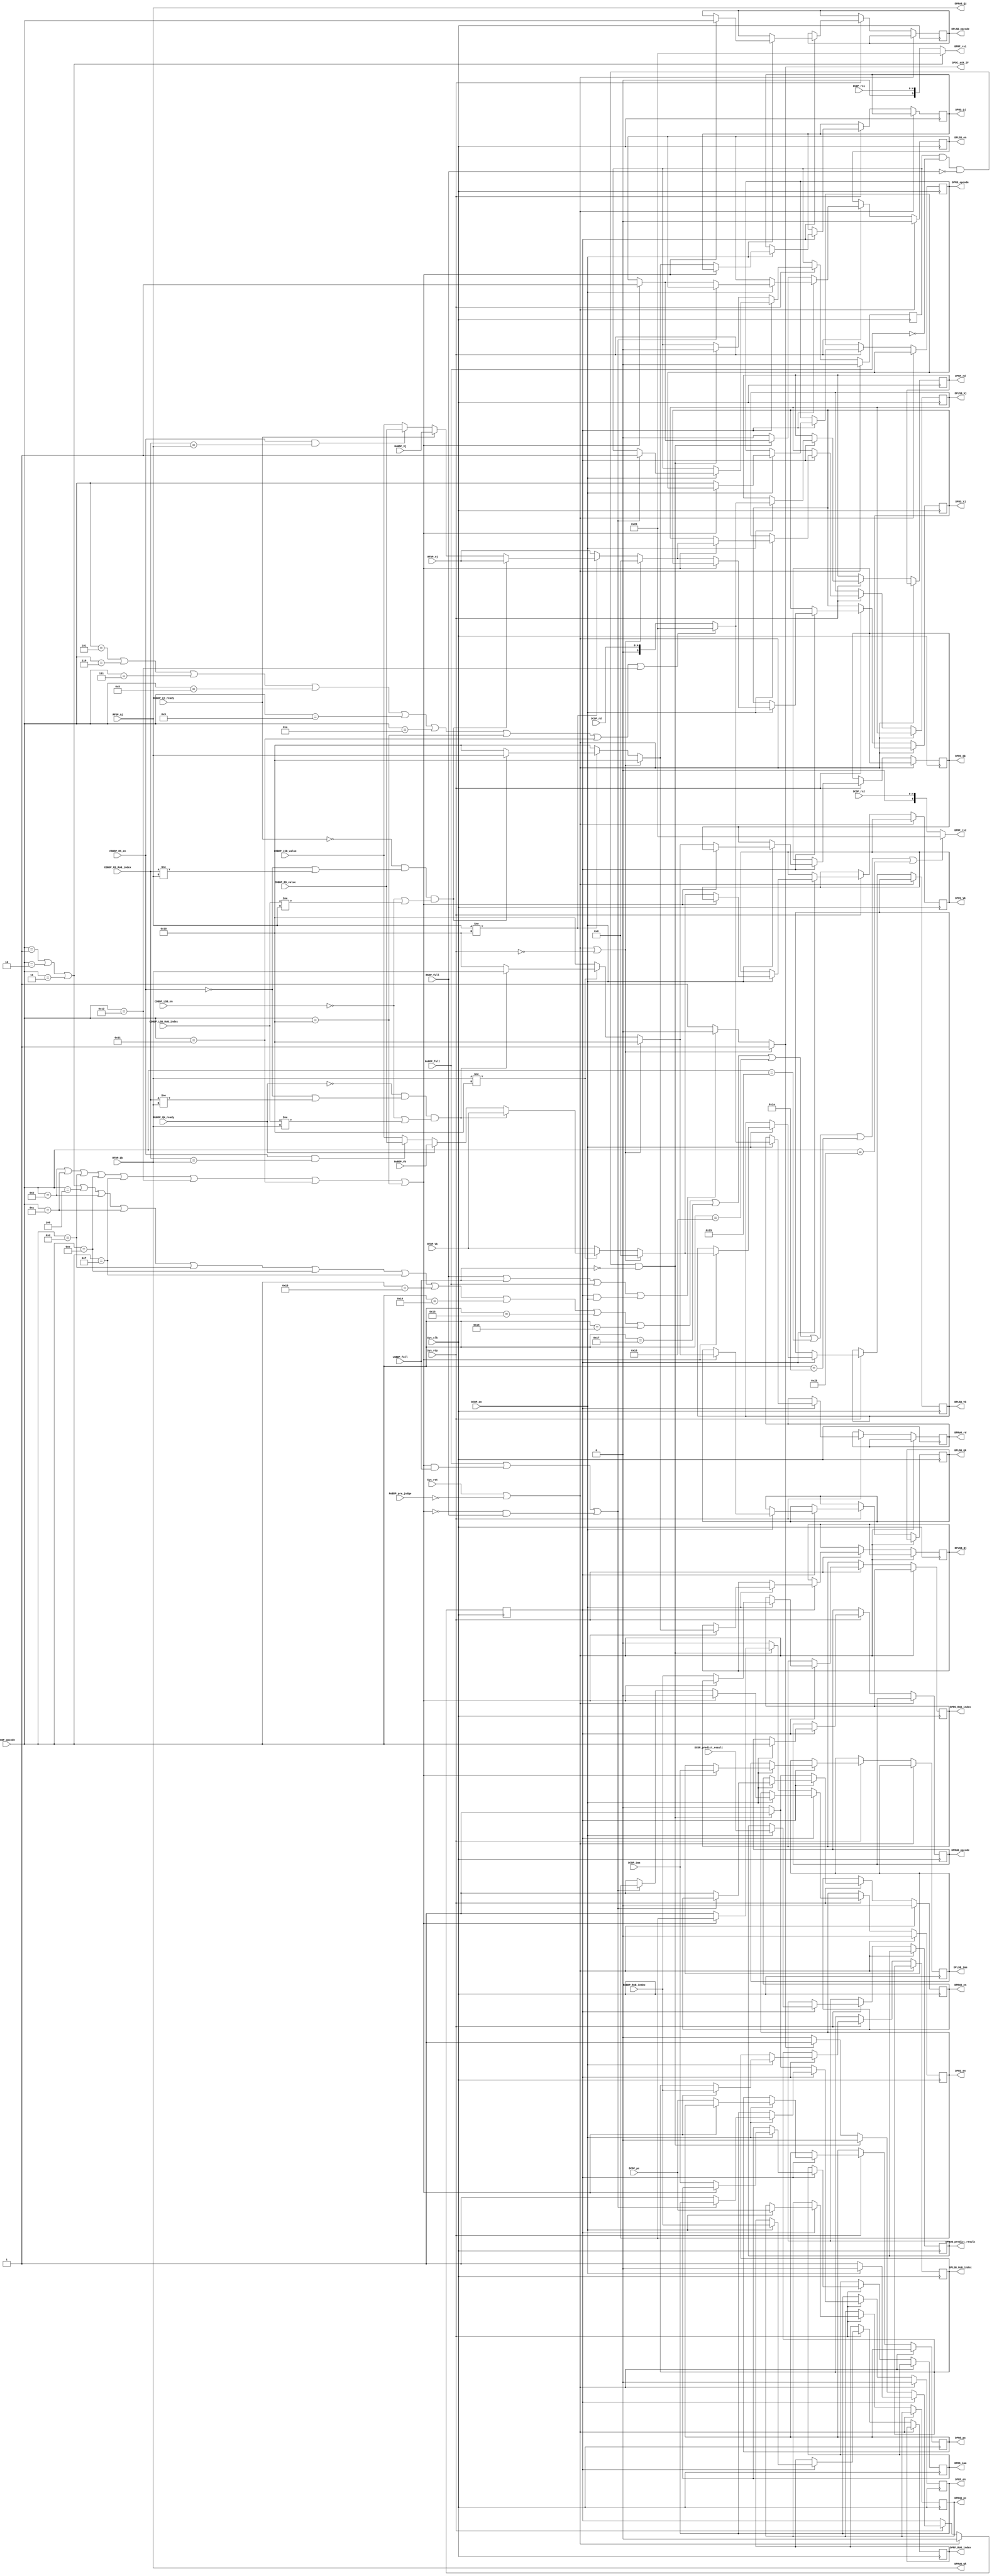
module Dispatcher #(
    parameter ADDR_WIDTH = 32,
    parameter REG_WIDTH = 5,
    parameter EX_REG_WIDTH = 6,  //extra one bit for empty reg
    parameter NON_REG = 1 << REG_WIDTH,
    parameter RoB_WIDTH = 4,
    parameter EX_RoB_WIDTH = 5,
    parameter NON_DEP = 1 << RoB_WIDTH,  //no dependency
    parameter IDLE = 0,
    WAITING_INS = 1,

    parameter lui = 7'd1,
    parameter auipc = 7'd2,
    parameter jal = 7'd3,
    parameter jalr = 7'd4,
    parameter beq = 7'd5,
    parameter bne = 7'd6,
    parameter blt = 7'd7,
    parameter bge = 7'd8,
    parameter bltu = 7'd9,
    parameter bgeu = 7'd10,
    parameter lb = 7'd11,
    parameter lh = 7'd12,
    parameter lw = 7'd13,
    parameter lbu = 7'd14,
    parameter lhu = 7'd15,
    parameter sb = 7'd16,
    parameter sh = 7'd17,
    parameter sw = 7'd18,
    parameter addi = 7'd19,
    parameter slti = 7'd20,
    parameter sltiu = 7'd21,
    parameter xori = 7'd22,
    parameter ori = 7'd23,
    parameter andi = 7'd24,
    parameter slli = 7'd25,
    parameter srli = 7'd26,
    parameter srai = 7'd27,
    parameter add = 7'd28,
    parameter sub = 7'd29,
    parameter sll = 7'd30,
    parameter slt = 7'd31,
    parameter sltu = 7'd32,
    parameter xorr = 7'd33,
    parameter srl = 7'd34,
    parameter sra = 7'd35,
    parameter orr = 7'd36,
    parameter andd = 7'd37
) (
    //sys
    input wire Sys_clk,
    input wire Sys_rst,
    input wire Sys_rdy,

    //Decoder
    input wire DCDP_en,
    input wire [ADDR_WIDTH - 1:0] DCDP_pc,
    input wire [6:0] DCDP_opcode,
    input wire [REG_WIDTH - 1:0] DCDP_rs1,
    input wire [REG_WIDTH - 1:0] DCDP_rs2,
    input wire [REG_WIDTH - 1:0] DCDP_rd,
    input wire [31:0] DCDP_imm,
    input wire DCDP_predict_result,  //0: not taken, 1: taken
    output reg DPDC_ask_IF,  //ask IF to fetch a new instruction

    //Register File
    input wire [EX_RoB_WIDTH - 1:0] RFDP_Qj,
    input wire [EX_RoB_WIDTH - 1:0] RFDP_Qk,
    input wire [31:0] RFDP_Vj,
    input wire [31:0] RFDP_Vk,
    output wire [EX_REG_WIDTH - 1:0] DPRF_rs1,
    output wire [EX_REG_WIDTH - 1:0] DPRF_rs2,
    output reg DPRF_en,  //attention rd to regfile is ready
    output reg [RoB_WIDTH - 1:0] DPRF_RoB_index,  //the dependency RoB# of rd
    output reg [EX_REG_WIDTH - 1:0] DPRF_rd,

    //Reservation Station
    input wire RSDP_full,
    output reg DPRS_en,  //send a new instruction to RS
    output reg [ADDR_WIDTH - 1:0] DPRS_pc,
    output reg [EX_RoB_WIDTH - 1:0] DPRS_Qj,
    output reg [EX_RoB_WIDTH - 1:0] DPRS_Qk,
    output reg [31:0] DPRS_Vj,
    output reg [31:0] DPRS_Vk,
    output reg [31:0] DPRS_imm,
    output reg [6:0] DPRS_opcode,
    output reg [RoB_WIDTH - 1:0] DPRS_RoB_index,

    //Load Store Buffer
    input wire LSBDP_full,
    output reg DPLSB_en,  //send a new instruction to LSB
    output reg [EX_RoB_WIDTH - 1:0] DPLSB_Qj,
    output reg [EX_RoB_WIDTH - 1:0] DPLSB_Qk,
    output reg [31:0] DPLSB_Vj,
    output reg [31:0] DPLSB_Vk,
    output reg [31:0] DPLSB_imm,
    output reg [6:0] DPLSB_opcode,
    output reg [RoB_WIDTH - 1:0] DPLSB_RoB_index,

    //Reorder Buffer 
    input wire RoBDP_full,
    input wire [RoB_WIDTH - 1:0] RoBDP_RoB_index,
    input wire RoBDP_pre_judge,  //0:mispredict 1:correct
    input wire RoBDP_Qj_ready,  //RoB item Qj is ready in RoB
    input wire RoBDP_Qk_ready,  //RoB item Qk is ready in RoB
    input wire [31:0] RoBDP_Vj,
    input wire [31:0] RoBDP_Vk,
    output wire [EX_RoB_WIDTH - 1:0] DPRoB_Qj,  //prefetch:ask if Qj is ready in RoB
    output wire [EX_RoB_WIDTH - 1:0] DPRoB_Qk,  //prefetch:ask if Qk is ready in RoB
    output reg DPRoB_en,  //send a new instruction to RoB
    output reg [ADDR_WIDTH - 1:0] DPRoB_pc,
    output reg DPRoB_predict_result,
    output reg [6:0] DPRoB_opcode,
    output reg [EX_REG_WIDTH - 1:0] DPRoB_rd,

    //CDB
    input wire CDBDP_RS_en,
    input wire [RoB_WIDTH - 1:0] CDBDP_RS_RoB_index,
    input wire [31:0] CDBDP_RS_value,
    input wire CDBDP_LSB_en,
    input wire [RoB_WIDTH - 1:0] CDBDP_LSB_RoB_index,
    input wire [31:0] CDBDP_LSB_value

);

  //RF
  assign DPRF_rs1 = (DCDP_opcode == lui || DCDP_opcode == auipc || DCDP_opcode == jal) ? NON_REG : DCDP_rs1;
  assign DPRF_rs2 = (DCDP_opcode == lui || DCDP_opcode == auipc || DCDP_opcode == jal || DCDP_opcode == jalr ||
                       DCDP_opcode == lb || DCDP_opcode == lh || DCDP_opcode == lw || DCDP_opcode == lbu || DCDP_opcode == lhu ||
                       DCDP_opcode == addi || DCDP_opcode == slti || DCDP_opcode == sltiu || DCDP_opcode == xori || DCDP_opcode == ori || DCDP_opcode == andi ||
                       DCDP_opcode == slli || DCDP_opcode == srli || DCDP_opcode == srai) ? NON_REG : DCDP_rs2;
  //RoB
  assign DPRoB_Qj = RFDP_Qj;
  assign DPRoB_Qk = RFDP_Qk;

  reg [EX_RoB_WIDTH - 1:0] Qj, Qk;
  reg [31:0] Vj, Vk;
  reg  state;  //IDLE, WAITING_INS
  reg  waiting_for_not_full;
  wire isLS;  //is load or store

  assign isLS = (DCDP_opcode == lb || DCDP_opcode == lh || DCDP_opcode == lw || DCDP_opcode == lbu || DCDP_opcode == lhu || DCDP_opcode == sw || DCDP_opcode == sh || DCDP_opcode == sb);


  //check Qj/Qk dependency from :
  //1. RF (and RoB commit at this posedge);
  //2. RoB;
  //3, CDB(RS, LSB);
  always @(*) begin
    if (Sys_rst || !RoBDP_pre_judge || !Sys_rdy) begin
      Qj = NON_DEP;
      Qk = NON_DEP;
      Vj = 0;
      Vk = 0;
    end else begin
      if (RFDP_Qj != NON_DEP) begin
        if(!RoBDP_Qj_ready && (!CDBDP_RS_en || CDBDP_RS_RoB_index != RFDP_Qj) && (!CDBDP_LSB_en || CDBDP_LSB_RoB_index != RFDP_Qj)) begin
          //Qj is really not ready
          Qj = RFDP_Qj;
          Vj = RFDP_Vj;
        end else begin
          //get Vj from RoB or CDB
          Qj = NON_DEP;
          if (RoBDP_Qj_ready) begin
            Vj = RoBDP_Vj;
          end else if (CDBDP_RS_en && CDBDP_RS_RoB_index == RFDP_Qj) begin
            Vj = CDBDP_RS_value;
          end else begin
            Vj = CDBDP_LSB_value;
          end
        end
      end else begin
        Qj = NON_DEP;
        Vj = RFDP_Vj;
      end
      if (RFDP_Qk != NON_DEP) begin
        if(!RoBDP_Qk_ready && (!CDBDP_RS_en || CDBDP_RS_RoB_index != RFDP_Qk) && (!CDBDP_LSB_en || CDBDP_LSB_RoB_index != RFDP_Qk)) begin
          //Qk is really not ready
          Qk = RFDP_Qk;
          Vk = RFDP_Vk;
        end else begin
          //get Vk from RoB or CDB
          Qk = NON_DEP;
          if (RoBDP_Qk_ready) begin
            Vk = RoBDP_Vk;
          end else if (CDBDP_RS_en && CDBDP_RS_RoB_index == RFDP_Qk) begin
            Vk = CDBDP_RS_value;
          end else begin
            Vk = CDBDP_LSB_value;
          end
        end
      end else begin
        Qk = NON_DEP;
        Vk = RFDP_Vk;
      end
    end
  end


  //update DPDC_ask_IF immediately
  always @(*) begin
    if (!RoBDP_pre_judge || Sys_rst || !Sys_rdy) begin
      DPDC_ask_IF = 1;
    end else begin
      if (RSDP_full || LSBDP_full || RoBDP_full || (state == WAITING_INS && DCDP_en)) begin
        DPDC_ask_IF = 0;
      end else begin
        DPDC_ask_IF = 1;
      end
    end
  end



  always @(posedge Sys_clk) begin  //get a new instruction
    if (!RoBDP_pre_judge || Sys_rst) begin : clear
      state <= IDLE;
      DPRF_en <= 0;
      DPRS_en <= 0;
      DPLSB_en <= 0;
      DPRoB_en <= 0;
      waiting_for_not_full <= 0;
    end else if (Sys_rdy) begin
      if (state == IDLE) begin  //ask for a new instruction
        if (waiting_for_not_full && !RoBDP_full && !RSDP_full && !LSBDP_full) begin  //rob is available now, dispatch new instruction
          waiting_for_not_full <= 0;
          DPRF_en <= 1;
          DPRoB_en <= 1;
          if (isLS) begin
            DPLSB_en <= 1;
          end else begin
            DPRS_en <= 1;
          end
        end else begin
          DPRF_en  <= 0;
          DPRoB_en <= 0;
          DPRS_en  <= 0;
          DPLSB_en <= 0;
          if (DPDC_ask_IF == 1) begin  //ask for a new instruction
            state <= WAITING_INS;
          end
        end
      end else begin  //waiting for instruction
        if (DCDP_en) begin  //instruction fetched
          if (RoBDP_full || (isLS && LSBDP_full) || (!isLS && RSDP_full)) begin
            waiting_for_not_full <= 1;
          end else begin
            DPRF_en  <= 1;
            DPRoB_en <= 1;
            if (isLS) begin
              DPLSB_en <= 1;
            end else begin
              DPRS_en <= 1;
            end
          end
          state <= IDLE;
          DPRF_rd <= (DCDP_opcode == beq || DCDP_opcode == bne || DCDP_opcode == blt || DCDP_opcode == bge || DCDP_opcode == bltu || DCDP_opcode == bgeu || DCDP_opcode == sb || DCDP_opcode == sh || DCDP_opcode == sw) ? NON_REG : DCDP_rd;
          DPRF_RoB_index <= RoBDP_RoB_index;
          DPRoB_pc <= DCDP_pc;
          DPRoB_opcode <= DCDP_opcode;
          DPRoB_predict_result <= DCDP_predict_result;
          DPRoB_rd <= (DCDP_opcode == beq || DCDP_opcode == bne || DCDP_opcode == blt || DCDP_opcode == bge || DCDP_opcode == bltu || DCDP_opcode == bgeu || DCDP_opcode == sb || DCDP_opcode == sh || DCDP_opcode == sw) ? NON_REG : DCDP_rd;
          if (isLS) begin
            DPRS_en <= 0;
            DPLSB_RoB_index <= RoBDP_RoB_index;
            DPLSB_Qj <= Qj;
            DPLSB_Qk <= Qk;
            DPLSB_Vj <= Vj;
            DPLSB_Vk <= Vk;
            DPLSB_opcode <= DCDP_opcode;
            DPLSB_imm <= DCDP_imm;
          end else begin
            DPRS_RoB_index <= RoBDP_RoB_index;
            DPRS_pc <= DCDP_pc;
            DPRS_Qj <= Qj;
            DPRS_Qk <= Qk;
            DPRS_Vj <= Vj;
            DPRS_Vk <= Vk;
            DPRS_imm <= DCDP_imm;
            DPRS_opcode <= DCDP_opcode;
          end
        end
      end
    end
  end




endmodule